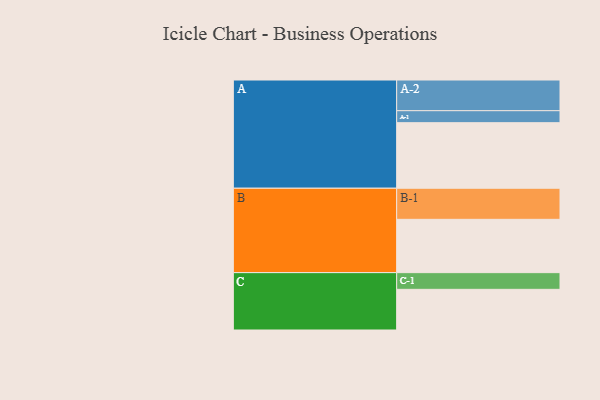
{"axis": {"x": "Segment", "y": "Value"}, "legend": ["", "A", "B", "C"], "data": [{"x": "A", "y": 487, "type": ""}, {"x": "B", "y": 396, "type": ""}, {"x": "C", "y": 302, "type": ""}, {"x": "A-1", "y": 89, "type": "A"}, {"x": "A-2", "y": 228, "type": "A"}, {"x": "B-1", "y": 231, "type": "B"}, {"x": "C-1", "y": 124, "type": "C"}]}